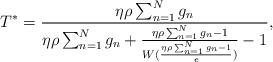
LaTeX: \begin{align*}T^*=\frac{\eta \rho \sum_{n=1}^{N}g_n}{\eta \rho \sum_{n=1}^{N}g_n+\frac{\eta \rho \sum_{n=1}^{N}g_n-1}{W(\frac{\eta \rho \sum_{n=1}^{N}g_n-1}{e})}-1},\end{align*}